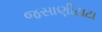
જસાણીટાટા